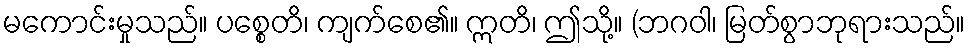
မကောင်းမှုသည်။ ပစ္စေတိ၊ ကျက်စေ၏။ ဣတိ၊ ဤသို့။ (ဘဂဝါ၊ မြတ်စွာဘုရားသည်။